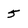
Character: 5